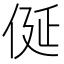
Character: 𠈰